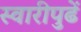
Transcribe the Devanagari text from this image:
स्वारीपुढें